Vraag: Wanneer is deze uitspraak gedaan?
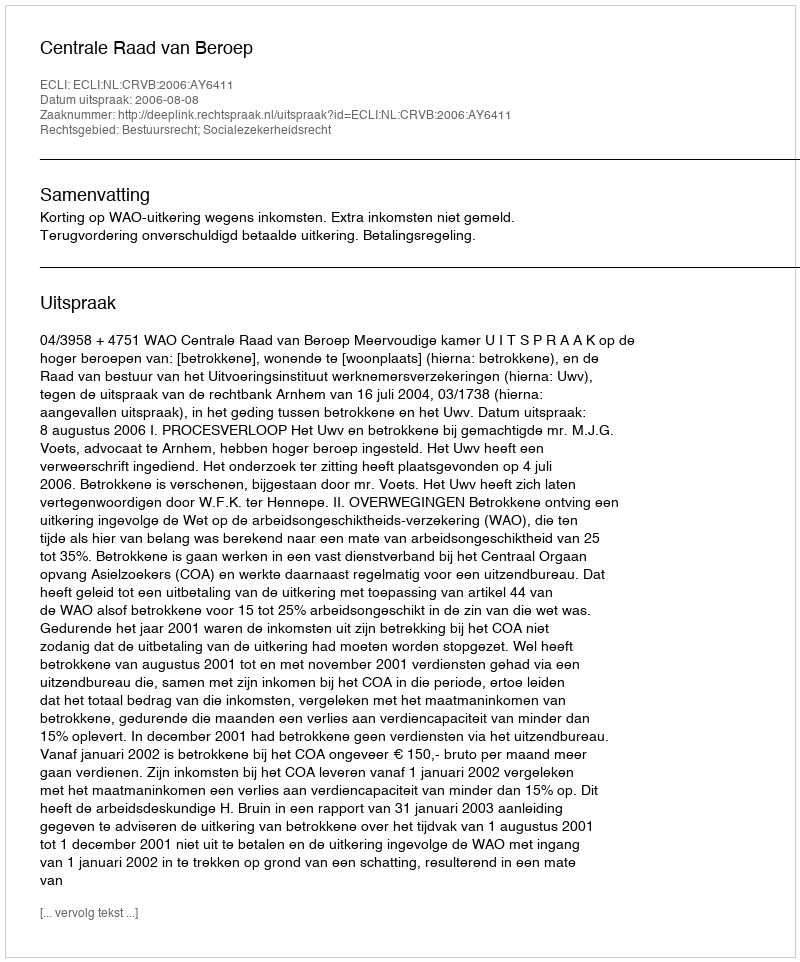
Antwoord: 2006-08-08